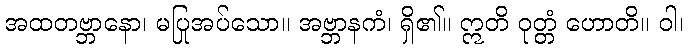
အထတဗ္ဘာနော၊ မပြုအပ်သော။ အဗ္ဘာနကံ၊ ရှိ၏။ ဣတိ ဝုတ္တံ ဟောတိ။ ဝါ၊